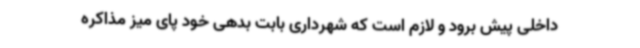
داخلی پیش برود و لازم است که شهرداری بابت بدهی خود پای میز مذاکره